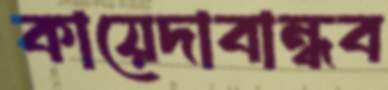
কায়েদাবান্ধব